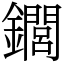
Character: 䥨